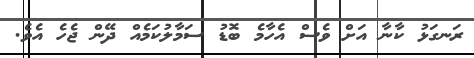
ރަނގަޅު ކާނާ އަށް ވެސް އެހާމެ ބޮޑު ސަމާލުކަމެއް ދޭން ޖެހެ އެވެ.